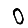
Digit: 0